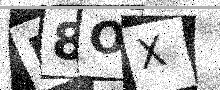
Text: U8OX